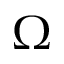
\Omega